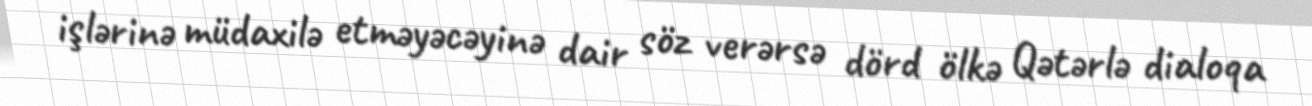
işlərinə müdaxilə etməyəcəyinə dair söz verərsə dörd ölkə Qətərlə dialoqa